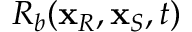
R _ { b } ( \mathbf { x } _ { R } , \mathbf { x } _ { S } , t )